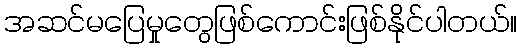
အဆင်မပြေမှုတွေဖြစ်ကောင်းဖြစ်နိုင်ပါတယ်။